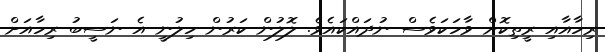
ރިހާއާއި ރީތިކޮށް ވާހަކަވެސް ނުދައްކައެވެ. ލޮލުން ކަރުން ހިލުނީ އެ ނަސީބު ރިހާއަށް